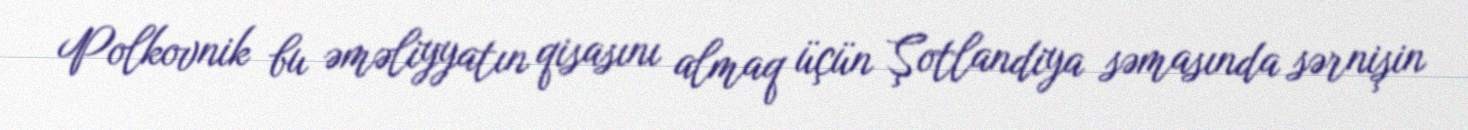
Polkovnik bu əməliyyatın qisasını almaq üçün Şotlandiya səmasında sərnişin